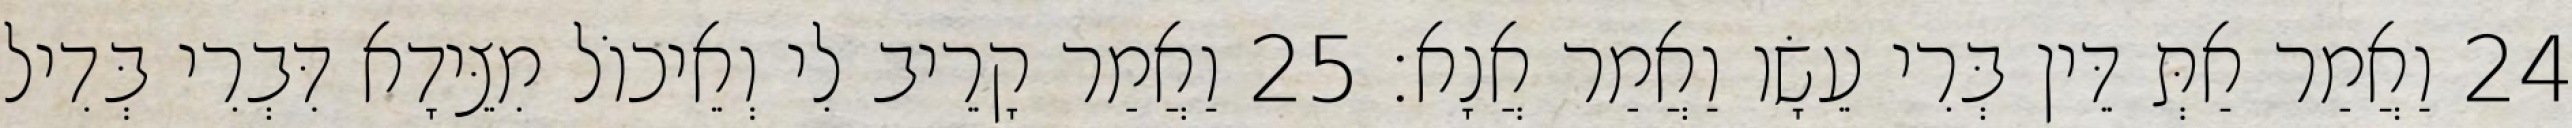
24 וַאֲמַר אַתְּ דֵּין בְּרִי עֵשָׂו וַאֲמַר אֲנָא׃ 25 וַאֲמַר קָרֵיב לִי וְאֵיכוֹל מִצֵּידָא דִּבְרִי בְּדִיל